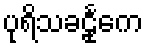
ပုရိသခဠုင်္ကေ